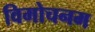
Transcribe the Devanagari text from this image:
विमोचनम